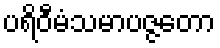
ပရိဝီမံသမာပဇ္ဇတော